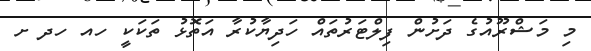
މި މަޝްރޫއުގެ ދަށުން ފިލްޓަރުތައް ހަދިޔާކުރާ އަތޮޅު ތަކަކީ ހއ ހދ ށ